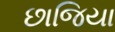
છાજિયા